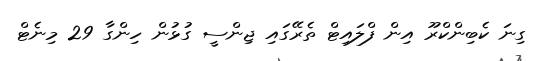
ގިނަ ކެބިންކްރޫ އިން ފްލައިޓް ތެރޭގައި ޖިންސީ ގުޅުން ހިންގާ 29 މިނެޓް